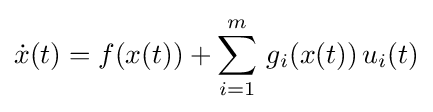
{\dot {x}}(t)=f(x(t))+\sum _{i=1}^{m}\,g_{i}(x(t))\,u_{i}(t)